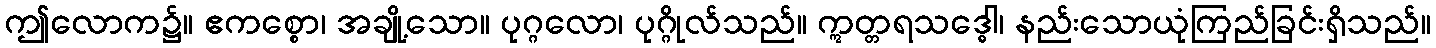
ဤလောက၌။ ဧကစ္စော၊ အချို့သော။ ပုဂ္ဂလော၊ ပုဂ္ဂိုလ်သည်။ ဣတ္တရသဒ္ဓေါ၊ နည်းသောယုံကြည်ခြင်းရှိသည်။